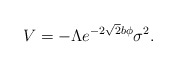
\begin{align*}V=- \Lambda e^{-2 \sqrt{2} b \phi} \sigma^2.\end{align*}